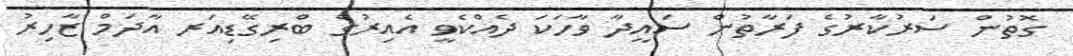
ގޮތުން ސަރުކާރުގެ ފަރާތުން ސައީދާ ވާހަކަ ދެއްކެވީ އެއިރުގެ ބްރިގޭޑިއަރ އާދަމް ޒާހިރު